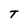
Character: T